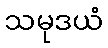
သမုဒယံ